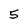
Character: 5